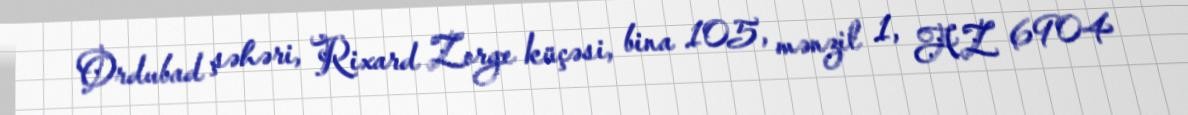
Ordubad şəhəri, Rixard Zorge küçəsi, bina 105, mənzil 1, AZ 6904